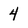
Character: 4